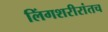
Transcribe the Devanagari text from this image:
लिंगशरीरांतच